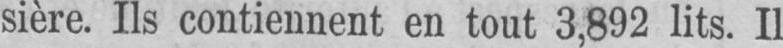
sière. Ils contiennent en tout 3,892 lits. Il